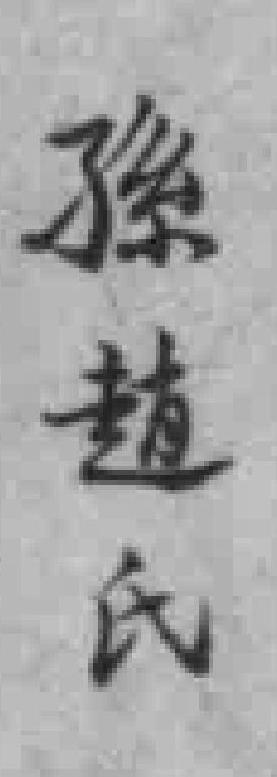
孫趙氏